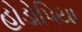
હોડોપિયા